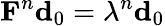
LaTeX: {\mathbf F}^{n}{\mathbf d}_{0}=\lambda^{n}{\mathbf d}_{0}